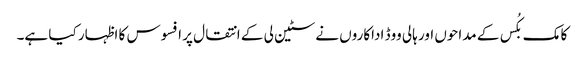
کامک بکُس کے مداحوں اور ہالی ووڈ اداکاروں نے سٹین لی کے انتقال پر افسوس کا اظہار کیا ہے۔